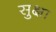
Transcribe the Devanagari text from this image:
सुक्षा